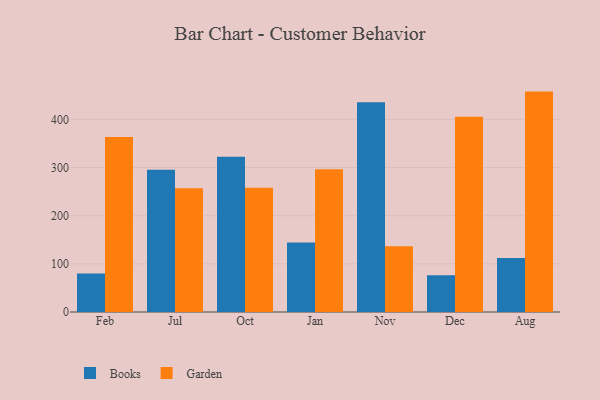
{"axis": {"x": "Month", "y": "Production Output"}, "legend": ["Books", "Garden"], "data": [{"x": "Feb", "y": 79.8, "type": "Books"}, {"x": "Feb", "y": 363.6, "type": "Garden"}, {"x": "Jul", "y": 295.6, "type": "Books"}, {"x": "Jul", "y": 257.1, "type": "Garden"}, {"x": "Oct", "y": 322.5, "type": "Books"}, {"x": "Oct", "y": 257.8, "type": "Garden"}, {"x": "Jan", "y": 144.2, "type": "Books"}, {"x": "Jan", "y": 296.2, "type": "Garden"}, {"x": "Nov", "y": 435.8, "type": "Books"}, {"x": "Nov", "y": 136.5, "type": "Garden"}, {"x": "Dec", "y": 76.2, "type": "Books"}, {"x": "Dec", "y": 405.4, "type": "Garden"}, {"x": "Aug", "y": 112.2, "type": "Books"}, {"x": "Aug", "y": 457.7, "type": "Garden"}]}